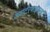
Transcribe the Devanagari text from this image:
क्वार्टरफाइनल्स